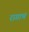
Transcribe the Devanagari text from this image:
रागाचं